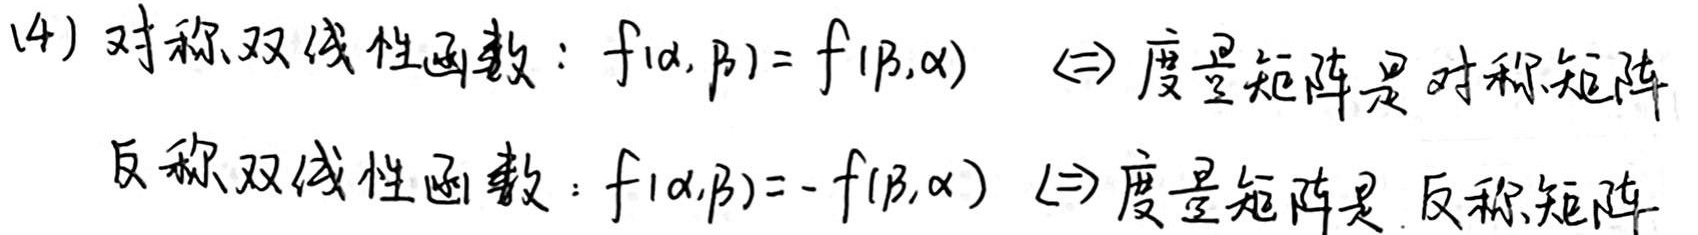
(4) 对称双线性函数：\(f(\alpha,\beta)= f(\beta,\alpha)\) $\Leftrightarrow$ 度量矩阵是对称矩阵
 反称双线性函数：\(f(\alpha,\beta)= - f(\beta,\alpha)\) $\Leftrightarrow$ 度量矩阵是反称矩阵